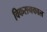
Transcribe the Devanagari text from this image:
विकसनकाल